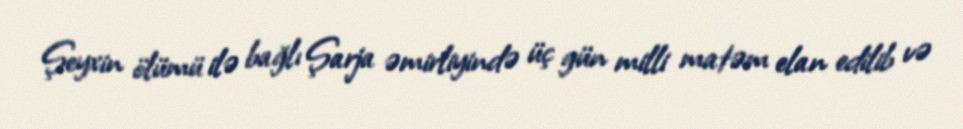
Şeyxin ölümü ilə bağlı Şarja əmirliyində üç gün milli matəm elan edilib və